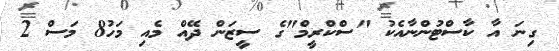
ގިނަ އާ ކާސްޓުންނާއެކު "ސްކްރީމް"ގެ ސީޒަން ދޭއް މެއި މަހު8 މަސް 2